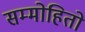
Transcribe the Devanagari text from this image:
सम्मोहितो